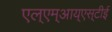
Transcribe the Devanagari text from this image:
एल्‌एम्‌आय्‌एस्‌टीई